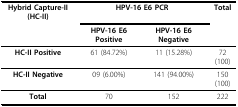
<table><thead><tr><td><b>Hybrid Capture-II (HC-II)</b></td><td colspan="2"><b>HPV-16 E6 PCR</b></td><td><b>Total</b></td></tr><tr><td></td><td><b>HPV-16 E6 Positive</b></td><td><b>HPV-16 E6 Negative</b></td><td></td></tr></thead><tbody><tr><td><b>HC-II Positive</b></td><td>61 (84.72%)</td><td>11 (15.28%)</td><td>72 (100)</td></tr><tr><td><b>HC-II Negative</b></td><td>09 (6.00%)</td><td>141 (94.00%)</td><td>150 (100)</td></tr><tr><td><b>Total</b></td><td>70</td><td>152</td><td>222</td></tr></tbody></table>